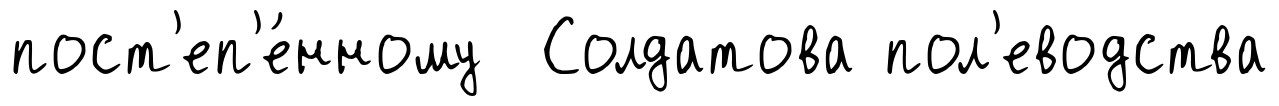
пост'еп'е́нному Солдатова пол'еводства